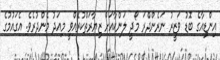
އިންޑިއާގެ ބޮޑު ވަޒީރު ނަރެންދްރަ މޯދީ ލަންކާއަށް ޒިޔާރަތްކުރެއްވީ މިއަދު މެންދުރެވެ. އެގައުމުގެ